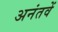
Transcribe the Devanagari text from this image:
अनंतवें